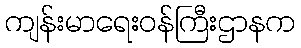
ကျန်းမာရေးဝန်ကြီးဌာနက